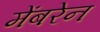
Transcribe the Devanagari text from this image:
मेंबरेन